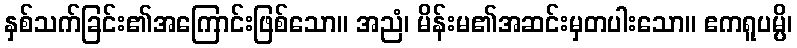
နှစ်သက်ခြင်း၏အကြောင်းဖြစ်သော။ အညံ၊ မိန်းမ၏အဆင်းမှတပါးသော။ ဧကရူပမ္ပိ၊